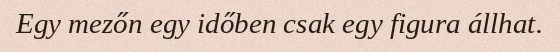
Egy mezőn egy időben csak egy figura állhat.